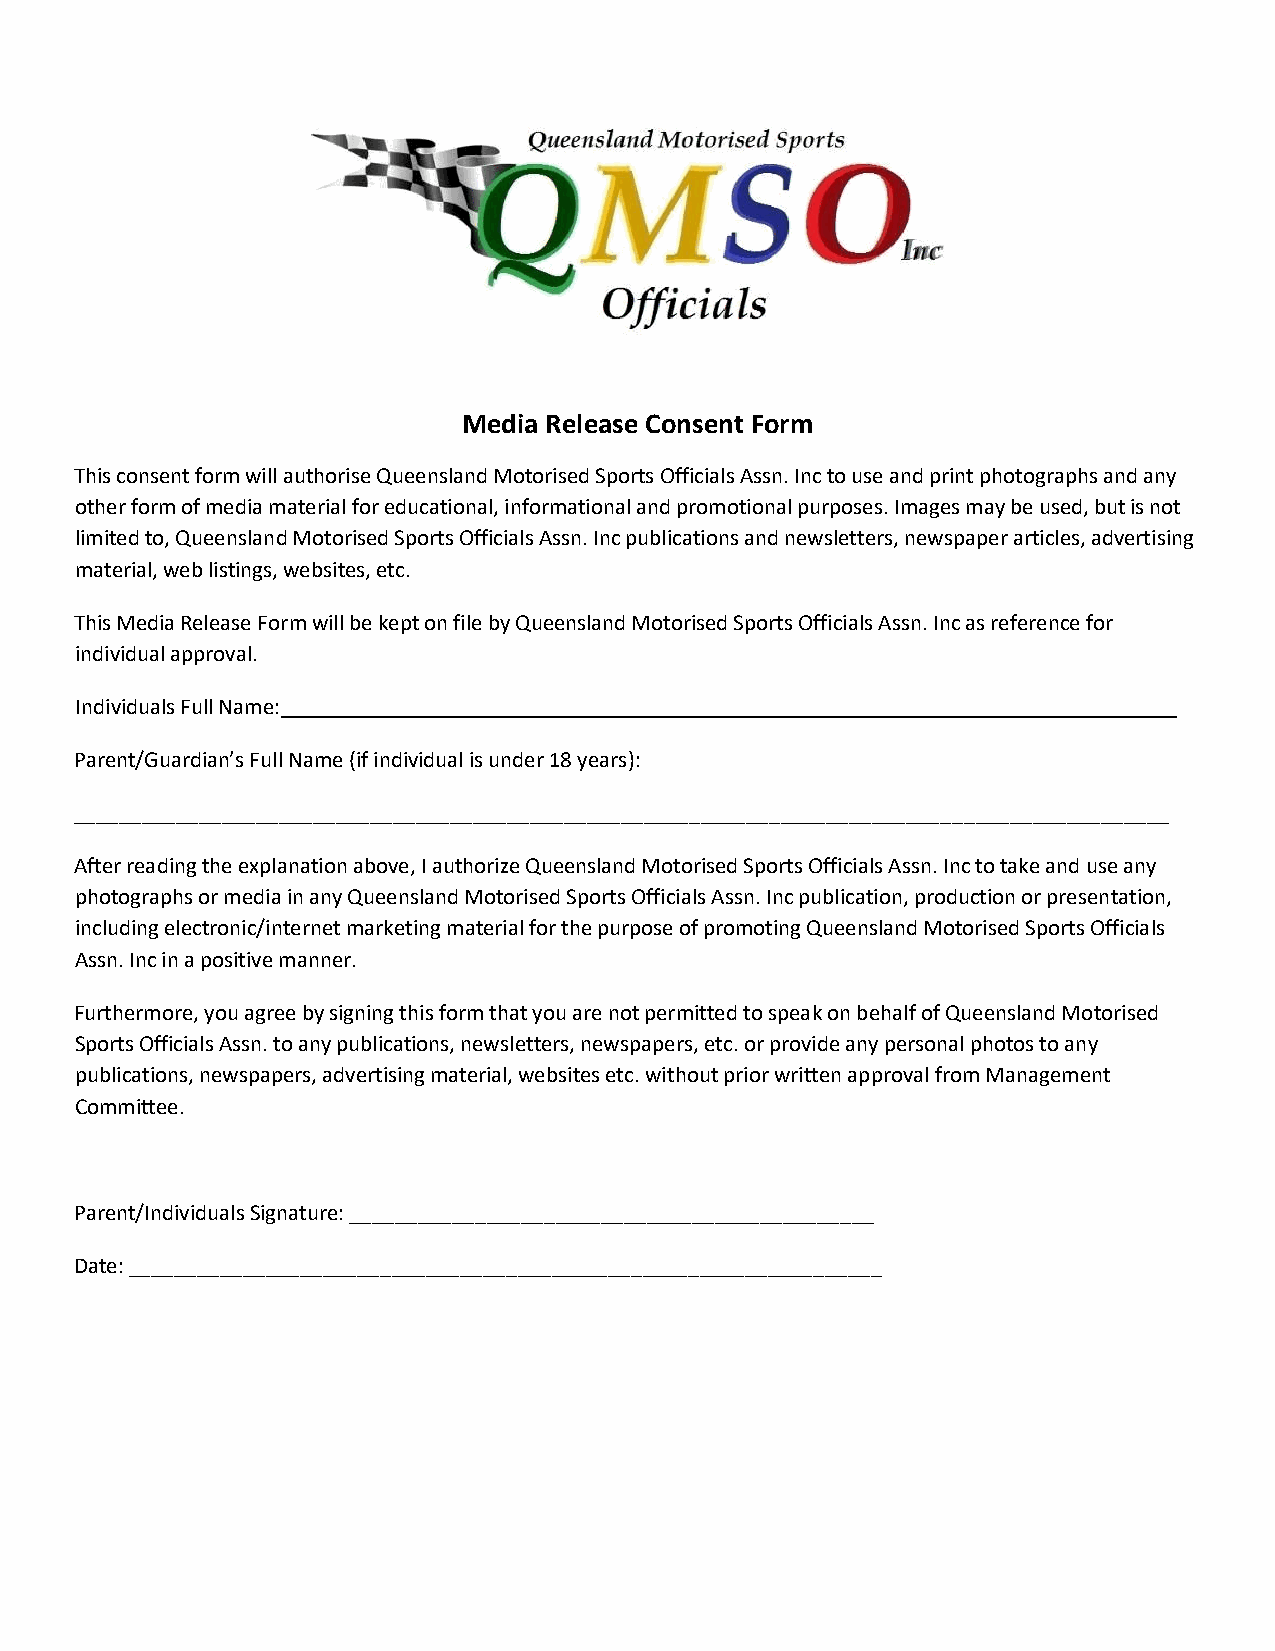
Media Release Consent Form
 This consent form will authorise Queensland Motorised Sports Officials Assn. Inc to use and print photographs and any
 other form of media material for educational, informational and promotional purposes. Images may be used, but is not
 limited to, Queensland Motorised Sports Officials Assn. Inc publications and newsletters, newspaper articles, advertising
 material, web listings, websites, etc.
 This Media Release Form will be kept on file by Queensland Motorised Sports Officials Assn. Inc as reference for
 individual approval.
 Individuals Full Name: ______________________________________________________________________________
 Parent/Guardian’s Full Name (if individual is under 18 years):
 ________________________________________________________________________________________________
 After reading the explanation above, I authorize Queensland Motorised Sports Officials Assn. Inc to take and use any
 photographs or media in any Queensland Motorised Sports Officials Assn. Inc publication, production or presentation,
 including electronic/internet marketing material for the purpose of promoting Queensland Motorised Sports Officials
 Assn. Inc in a positive manner.
 Furthermore, you agree by signing this form that you are not permitted to speak on behalf of Queensland Motorised
 Sports Officials Assn. to any publications, newsletters, newspapers, etc. or provide any personal photos to any
 publications, newspapers, advertising material, websites etc. without prior written approval from Management
 Committee.
 Parent/Individuals Signature: ______________________________________________
 Date: __________________________________________________________________